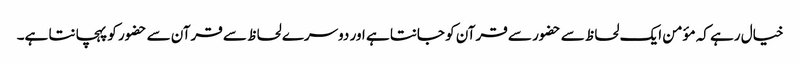
خیال رہے کہ مؤمن ایک لحاظ سے حضور سے قرآن کو جانتا ہے اور دوسرے لحاظ سے قرآن سے حضور کو پہچانتا ہے۔